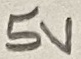
Text: 5V